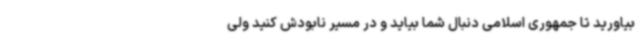
بیاورید تا جمهوری اسلامی دنبال شما بیاید و در مسیر نابودش کنید ولی